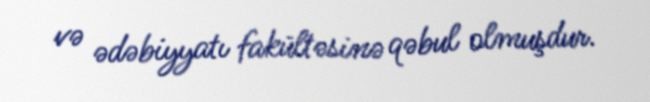
və ədəbiyyatı fakültəsinə qəbul olmuşdur.